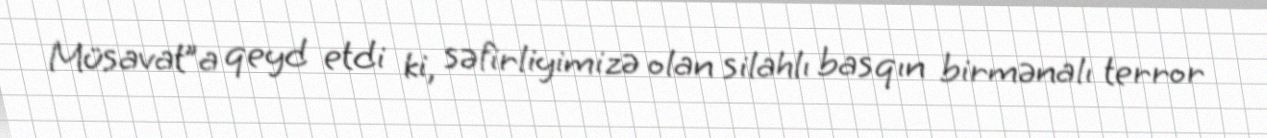
Müsavat”a qeyd etdi ki, səfirliyimizə olan silahlı basqın birmənalı terror